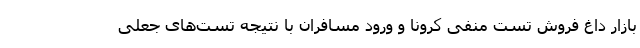
بازار داغ فروش تست منفی کرونا و ورود مسافران با نتیجه تست‌های جعلی